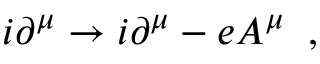
i \partial ^ { \mu } \rightarrow i \partial ^ { \mu } - e A ^ { \mu } \; \; ,